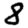
Digit: 8